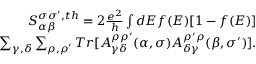
\begin{array} { r } { { S _ { \alpha \beta } ^ { \sigma \sigma ^ { \prime } , t h } } = 2 \frac { e ^ { 2 } } { h } \int d E f ( E ) [ 1 - f ( E ) ] } \\ { \sum _ { \gamma , \delta } \sum _ { \rho , \rho ^ { \prime } } T r [ A _ { \gamma \delta } ^ { \rho \rho ^ { \prime } } ( \alpha , \sigma ) A _ { \delta \gamma } ^ { \rho ^ { \prime } \rho } ( \beta , \sigma ^ { \prime } ) ] . } \end{array}